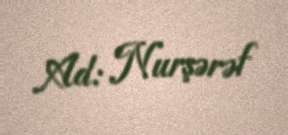
Ad: Nurşərəf